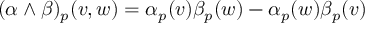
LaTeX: ( \alpha \wedge \beta ) _ { p } ( v , w ) = \alpha _ { p } ( v ) \beta _ { p } ( w ) - \alpha _ { p } ( w ) \beta _ { p } ( v )